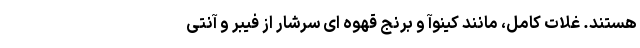
هستند. غلات کامل، مانند کینوآ و برنج قهوه ای سرشار از فیبر و آنتی